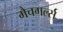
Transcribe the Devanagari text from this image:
मैचगर्ल्स